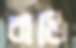
বাঙি